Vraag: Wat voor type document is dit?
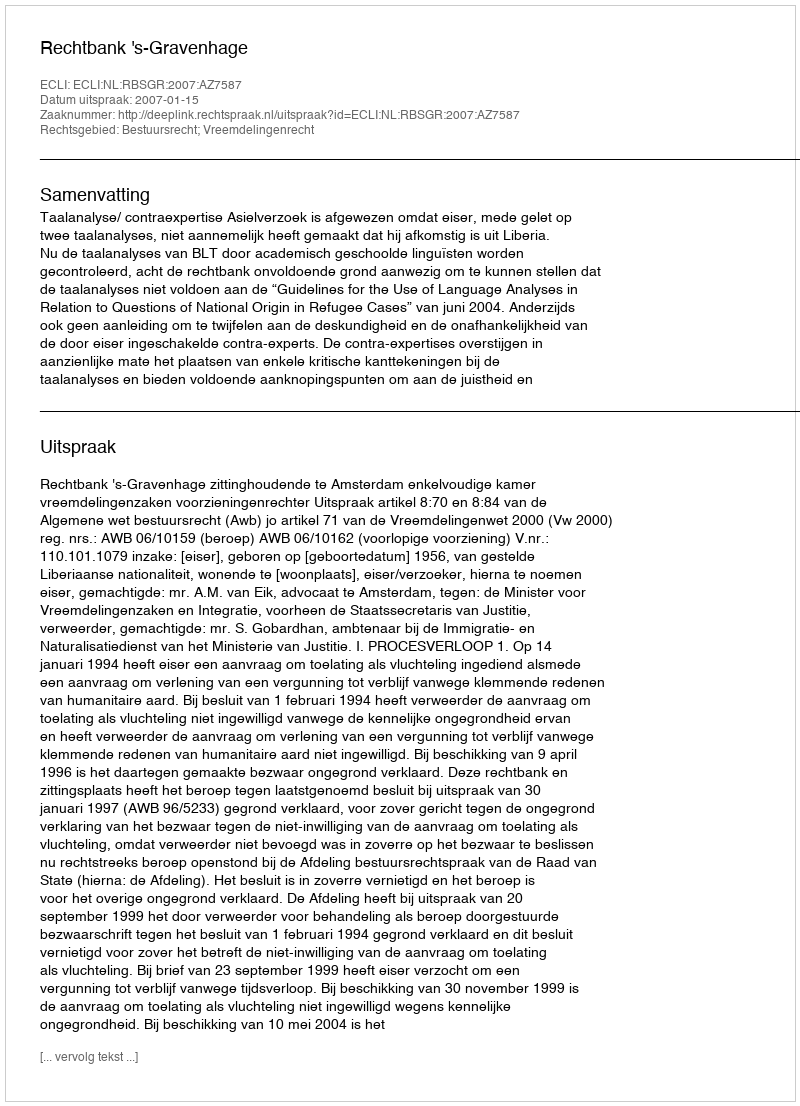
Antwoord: Uitspraak